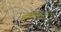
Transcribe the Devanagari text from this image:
स्क्वाड्रनच्या